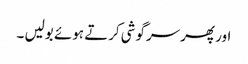
اور پھر سرگوشی کرتے ہوئے بولیں ۔